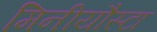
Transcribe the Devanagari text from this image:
मिनीयौस्टा